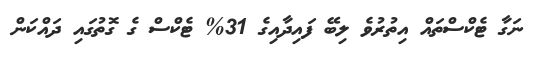
ނަގާ ޓެކްސްތައް އިތުރުވެ ލިބޭ ފައިދާއިގެ 31% ޓެކްސް ގެ ގޮތުގައި ދައްކަން